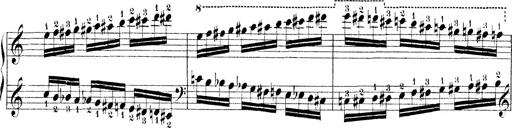
Title: Technische Studien
Composer: Franz Liszt